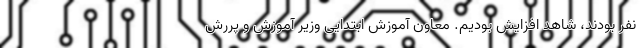
نفر بودند، شاهد افزایش بودیم. معاون آموزش ابتدایی وزیر آموزش و پررش